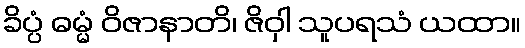
ခိပ္ပံ ဓမ္မံ ဝိဇာနာတိ၊ ဇိဝှါ သူပရသံ ယထာ။